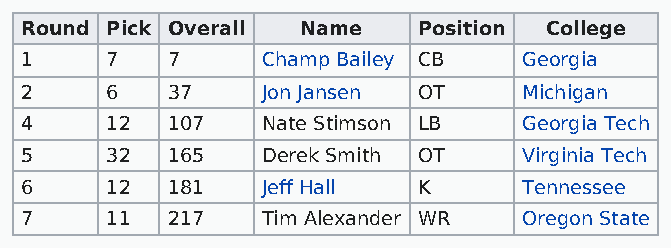
Round Pick Overall Name    Position College
 1     7   7     Champ Bailey CB   Georgia
 2     6   37    Jon Jansen OT     Michigan
 4     12  107   Nate Stimson LB   Georgia Tech
 5     32  165   Derek Smith OT    Virginia Tech
 6     12  181   Jeff Hall  K      Tennessee
 7     11  217   Tim Alexander WR  Oregon State